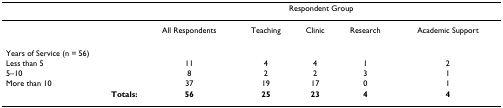
<table><thead><tr><td>[EMPTY_CELL]</td><td colspan="5"><b>Respondent Group</b></td></tr></thead><tbody><tr><td>[EMPTY_CELL]</td><td>All Respondents</td><td>Teaching</td><td>Clinic</td><td>Research</td><td>Academic Support</td></tr><tr><td>Years of Service (n = 56)</td><td>[EMPTY_CELL]</td><td>[EMPTY_CELL]</td><td>[EMPTY_CELL]</td><td>[EMPTY_CELL]</td><td>[EMPTY_CELL]</td></tr><tr><td>Less than 5</td><td>11</td><td>4</td><td>4</td><td>1</td><td>2</td></tr><tr><td>5–10</td><td>8</td><td>2</td><td>2</td><td>3</td><td>1</td></tr><tr><td>More than 10</td><td>37</td><td>19</td><td>17</td><td>0</td><td>1</td></tr><tr><td><b>Totals:</b></td><td><b>56</b></td><td><b>25</b></td><td><b>23</b></td><td><b>4</b></td><td><b>4</b></td></tr></tbody></table>